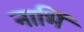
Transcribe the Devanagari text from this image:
नाभिं